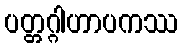
ပတ္တဂ္ဂါဟာပကဿ